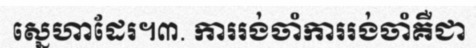
ស្នេហាដែរ។៣. ការរង់ចាំការរង់ចាំគឺជា